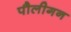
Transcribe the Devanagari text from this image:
पौलीगन